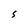
Character: S